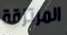
المرتزقة